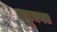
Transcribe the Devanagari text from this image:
सुड़ुमणल